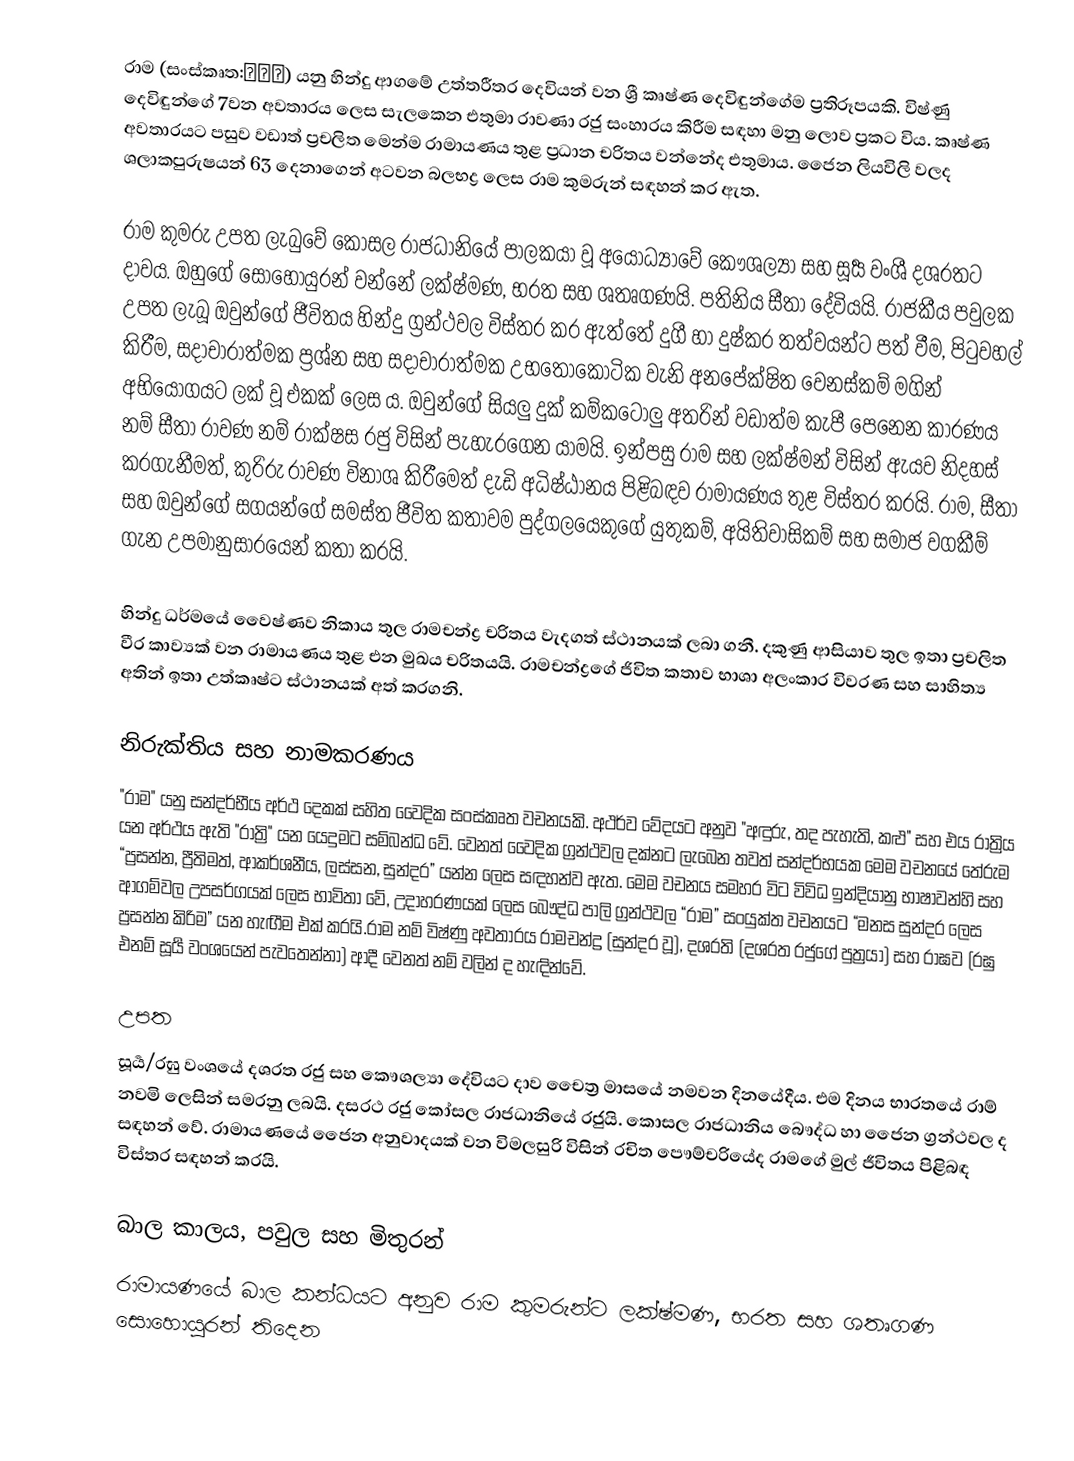
රාම (සංස්කෘත:राम) යනු හින්දු ආගමේ උත්තරීතර දෙවියන් වන ශ්‍රී කෘෂ්ණ දෙවිඳුන්ගේම ප්‍රතිරූපයකි. විෂ්ණු දෙවිඳුන්ගේ 7වන අවතාරය ලෙස සැලකෙන එතුමා රාවණා රජු සංහාරය කිරීම සඳහා මනු ලොව ප්‍රකට විය. කෘෂ්ණ අවතාරයට පසුව වඩාත් ප්‍රචලිත මෙන්ම රාමායණය තුළ ප්‍රධාන චරිතය වන්නේද එතුමාය. ජෛන ලියවිලි වලද ශලාකපුරුෂයන් 63 දෙනාගෙන් අටවන බලභද්‍ර ලෙස රාම කුමරුන් සඳහන් කර ඇත.

රාම කුමරු උපත ලැබුවේ කෝසල රාජධානියේ පාලකයා වූ අයෝධ්‍යාවේ කෞශල්‍යා සහ සූර්‍ය වංශී දශරතට දාවය. ඔහුගේ සොහොයුරන් වන්නේ ලක්ෂ්මණ, භරත සහ ශතෘගණයි. පතිනිය සීතා දේවියයි. රාජකීය පවුලක උපත ලැබූ ඔවුන්ගේ ජීවිතය හින්දු ග්‍රන්ථවල විස්තර කර ඇත්තේ දුගී හා දුෂ්කර තත්වයන්ට පත් වීම, පිටුවහල් කිරීම, සදාචාරාත්මක ප්‍රශ්න සහ සදාචාරාත්මක උභතෝකෝටික වැනි අනපේක්ෂිත වෙනස්කම් මගින් අභියෝගයට ලක් වූ එකක් ලෙස ය. ඔවුන්ගේ සියලු දුක් කම්කටොලු අතරින් වඩාත්ම කැපී පෙනෙන කාරණය නම් සීතා රාවණ නම් රාක්ෂස රජු විසින් පැහැරගෙන යාමයි. ඉන්පසු රාම සහ ලක්ෂ්මන් විසින් ඇයව නිදහස් කරගැනීමත්, කුරිරු රාවණ විනාශ කිරීමෙත් දැඩි අධිෂ්ඨානය පිළිබඳව රාමායණය තුළ විස්තර කරයි. රාම, සීතා සහ ඔවුන්ගේ සගයන්ගේ සමස්ත ජීවිත කතාවම පුද්ගලයෙකුගේ යුතුකම්, අයිතිවාසිකම් සහ සමාජ වගකීම් ගැන උපමානුසාරයෙන් කතා කරයි.

හින්දු ධර්මයේ වෛෂ්ණව නිකාය තුල රාමචන්ද්‍ර චරිතය වැදගත් ස්ථානයක් ලබා ගනී.  දකුණු ආසියාව තුල ඉතා ප්‍රචලිත වීර කාව්‍යක් වන රාමායණය තුළ එන මුඛය චරිතයයි. රාමචන්ද්‍රගේ ජිවිත කතාව භාශා අලංකාර විවරණ සහ සාහිත්‍ය අතින් ඉතා උත්කෘෂ්ට ස්ථානයක් අත් කරගනි.

නිරුක්තිය සහ නාමකරණය
"රාම" යනු සන්දර්භීය අර්ථ දෙකක් සහිත වෛදික සංස්කෘත වචනයකි. අථර්ව වේදයට අනුව "අඳුරු, තද පැහැති, කළු" සහ එය රාත්‍රිය යන අර්ථය ඇති "රාත්‍රි" යන යෙදුමට සම්බන්ධ වේ. වෙනත් වෛදික ග්‍රන්ථවල දක්නට ලැබෙන තවත් සන්දර්භයක මෙම වචනයේ තේරුම “ප්‍රසන්න, ප්‍රීතිමත්, ආකර්ශනීය, ලස්සන, සුන්දර” යන්න ලෙස සඳහන්ව ඇත. මෙම වචනය සමහර විට විවිධ ඉන්දියානු භාෂාවන්හි සහ ආගම්වල උපසර්ගයක් ලෙස භාවිතා වේ, උදාහරණයක් ලෙස බෞද්ධ පාලි ග්‍රන්ථවල “රාම” සංයුක්ත වචනයට “මනස සුන්දර ලෙස ප්‍රසන්න කිරිම” යන හැඟීම එක් කරයි.රාම නම් විෂ්ණු අවතාරය රාමචන්ද්‍ර (සුන්දර වූ), දශරති (දශරත රජුගේ පුත්‍රයා) සහ රාඝව (රඝු එනම් සූර්‍ය වංශයෙන් පැවතෙන්නා) ආදී වෙනත් නම් වලින් ද හැඳින්වේ.

උපත
සූර්‍ය/රඝු වංශයේ දශරත රජු සහ කෞශල්‍යා දේවියට දාව චෛත්‍ර මාසයේ නමවන දිනයේදීය. එම දිනය භාරතයේ රාම් නවමි ලෙසින් සමරනු ලබයි. දසරථ රජු කෝසල රාජධානියේ රජුයි. කොසල රාජධානිය බෞද්ධ හා ජෛන ග්‍රන්ථවල ද සඳහන් වේ.  රාමායණයේ ජෛන අනුවාදයක් වන විමලසුරි විසින් රචිත පෞම්චරියේද රාමගේ මුල් ජීවිතය පිළිබඳ විස්තර සඳහන් කරයි.

බාල කාලය, පවුල සහ මිතුරන්
රාමායණයේ බාල කන්ධයට අනුව රාම කුමරුන්ට ලක්ෂ්මණ, භරත සහ ශතෘගණ සොහොයුරන් තිදෙන